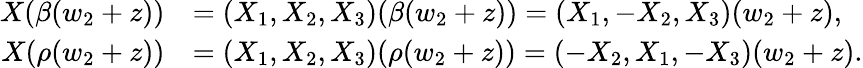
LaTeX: \begin{array}{rl}{X(\beta(w_{2}+z))}&{=(X_{1},X_{2},X_{3})(\beta(w_{2}+z))=(X_{1},-X_{2},X_{3})(w_{2}+z),}\\ {X(\rho(w_{2}+z))}&{=(X_{1},X_{2},X_{3})(\rho(w_{2}+z))=(-X_{2},X_{1},-X_{3})(w_{2}+z).}\end{array}